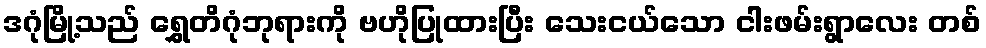
ဒဂုံမြို့သည် ရွှေတိဂုံဘုရားကို ဗဟိုပြုထားပြီး သေးငယ်သော ငါးဖမ်းရွာလေး တစ်